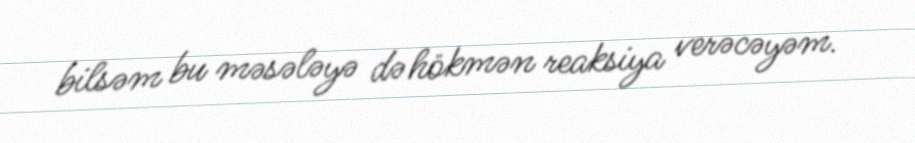
bilsəm bu məsələyə də hökmən reaksiya verəcəyəm.